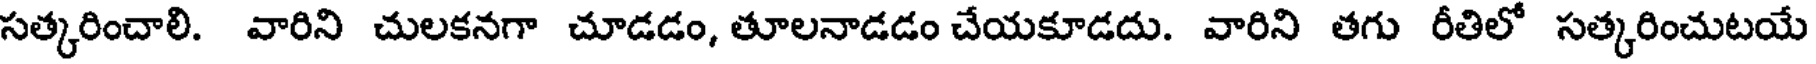
సత్కరించాలి. వారిని చులకనగా చూడడం, తూలనాడడం చేయకూడదు. వారిని తగు రీతిలో సత్కరించుటయే